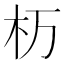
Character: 杤